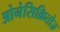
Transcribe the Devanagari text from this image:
ओनेसिक्रितोज़